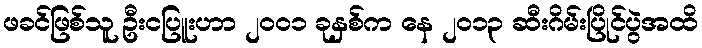
ဖခင်ဖြစ်သူ ဦးငပြူးဟာ ၂၀၀၁ ခုနှစ်က နေ ၂၀၁၃ ဆီးဂိမ်းပြိုင်ပွဲအထိ